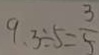
9 . 3 \div 5 = \frac { 3 } { 5 }